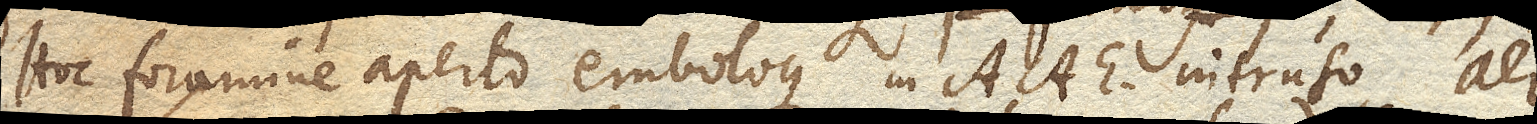
Hoc foramine aperto emboloque in AAE. intruso, aer